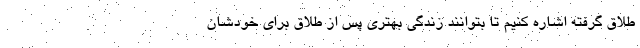
طلاق گرفته اشاره کنیم تا بتوانند زندگی بهتری پس از طلاق برای خودشان